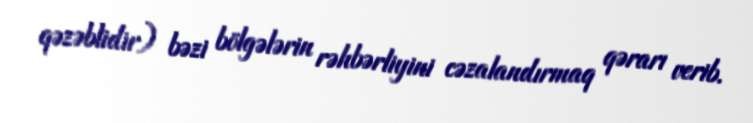
qəzəblidir) bəzi bölgələrin rəhbərliyini cəzalandırmaq qərarı verib.